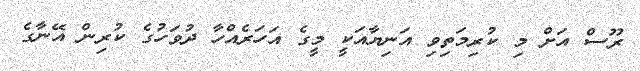
ރޫސް އަށް މި ކުރިމަތިވި އަނިޔާއަކީ މީގެ އަހަރެއްހާ ދުވަހުގެ ކުރިން އޭނާގެ